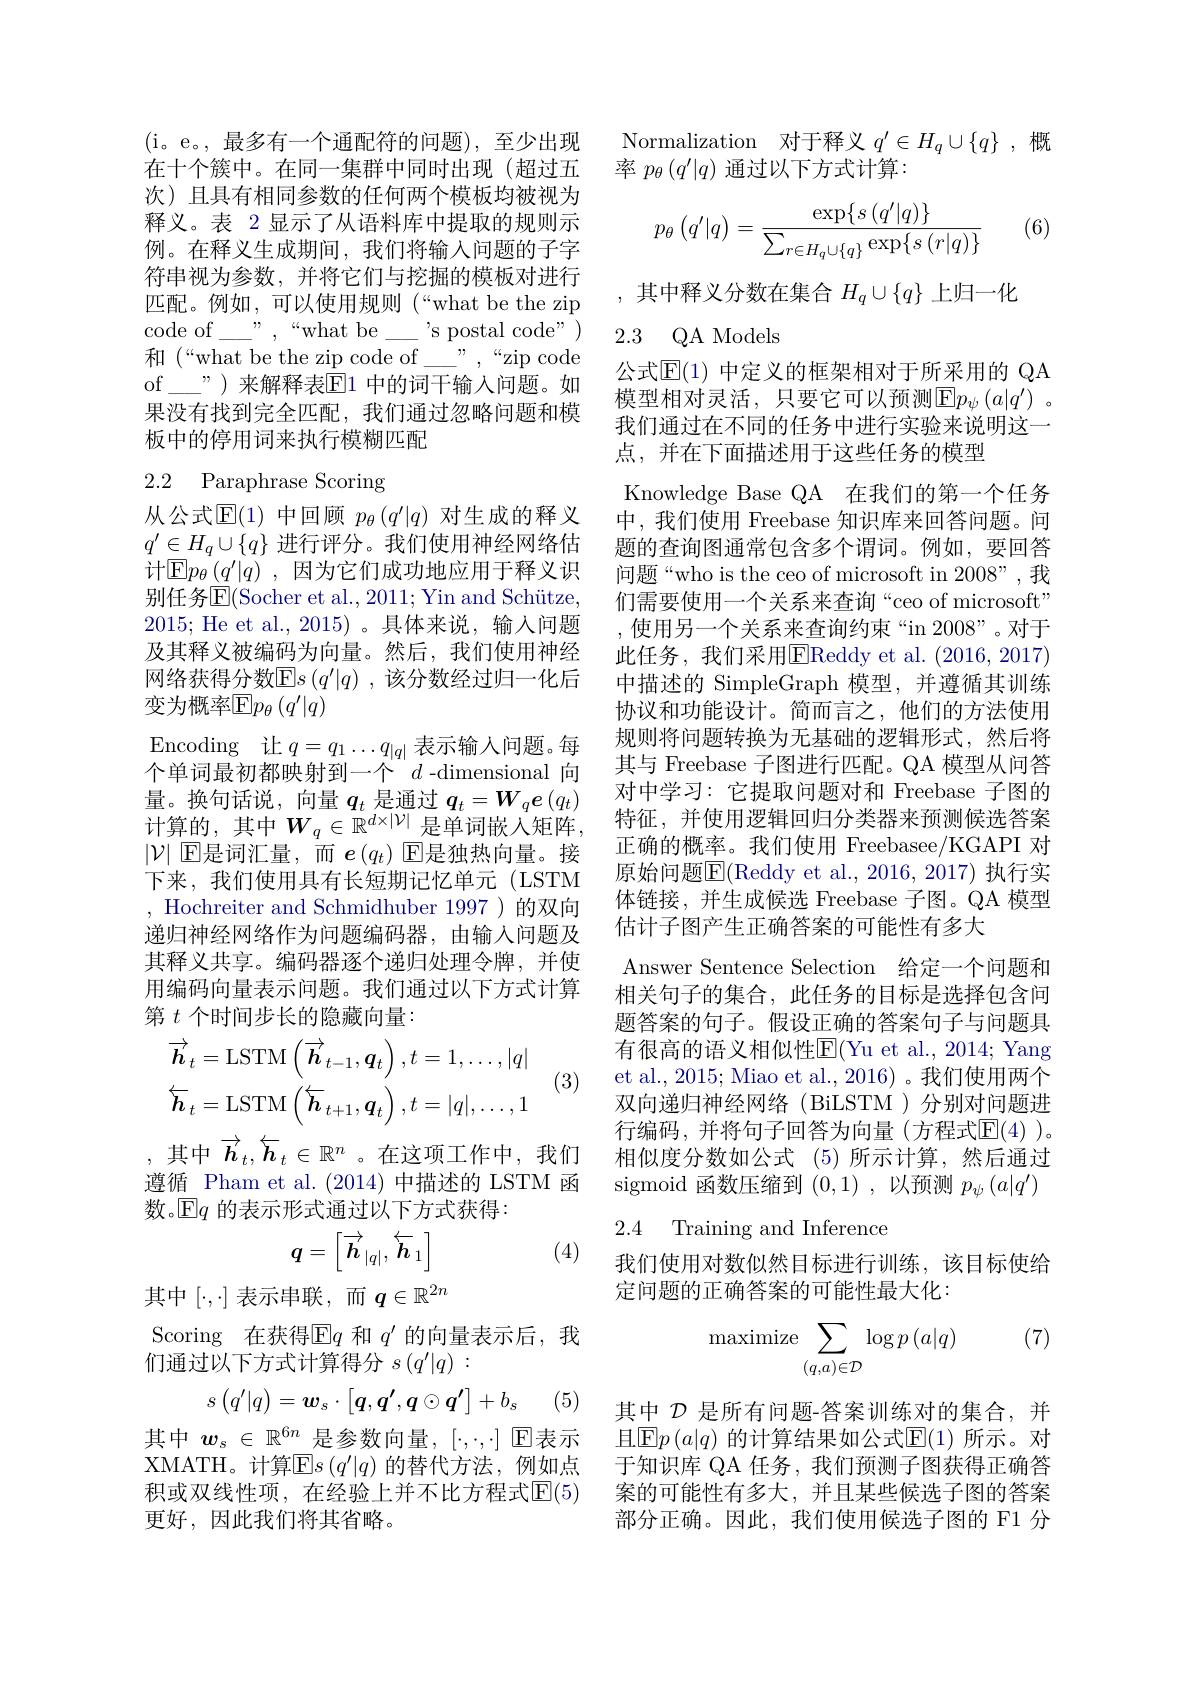
(i。e。,最多有一个通配符的问题),至少出现在十个簇中。在同一集群中同时出现(超过五次)且具有相同参数的任何两个模板均被视为释义。表 2 显示了从语料库中提取的规则示例。在释义生成期间，我们将输入问题的子字符串视为参数，并将它们与挖掘的模板对进行匹配。例如，可以使用规则(“what be the zip code of\_—",“what be\_-\_'s postal code") 和$(“$what be the zip code of\_”,“zip code of\__\_”)来解释表☑1 中的词干输入问题。如果没有找到完全匹配，我们通过忽略问题和模板中的停用词来执行模糊匹配

# 2.2 Paraphrase Scoring

从公式$\mathbb{E}(1)$中回顾$p_\theta\left(q^{\prime}|q\right)$对生成的释义$q^{\prime}\in H_q\cup\{q\}$进行评分。我们使用神经网络估计$\mathbb{E}p_\theta\left(q^{\prime}|q\right)$,因为它们成功地应用于释义识别任务$\operatorname{E}($Socher et al., 2011; Yin and Schütze, 2015; He et al.,2015)。具体来说，输入问题及其释义被编码为向量。然后，我们使用神经网络获得分数$\mathbb{E}s\left(q^{\prime}|q\right)$,该分数经过归一化后变为概率$\operatorname{E}p_\theta\left(q^{\prime}|q\right)$
Encoding 让$q=q_1\ldots q_{|q|}$表示输人问题。每个单词最初都映射到一个$d$-dimensional 向量。换句话说，向量$q_t$是通过$q_t=\boldsymbol{W}_q\boldsymbol{e}\left(q_t\right)$ $\overline{\text{计算的，其中}W_q\in\mathbb{R}^{d\times|\mathcal{V}|}}$是单词嵌入矩阵， $|\mathcal{V}|$ E是词汇量，而$e(q_t)$ E是独热向量。接下来，我们使用具有长短期记忆单元(LSTM , Hochreiter and Schmidhuber 1997)的双向递归神经网络作为问题编码器，由输入问题及其释义共享。编码器逐个递归处理令牌，并使用编码向量表示问题。我们通过以下方式计算第$t$个时间步长的隐藏向量：
$$\overrightarrow{\boldsymbol{h}}_{t}=\mathrm{LSTM}\left(\overrightarrow{\boldsymbol{h}}_{t-1},\boldsymbol{q}_{t}\right),t=1,\ldots,|q|\\\overleftarrow{\boldsymbol{h}}_{t}=\mathrm{LSTM}\left(\overleftarrow{\boldsymbol{h}}_{t+1},\boldsymbol{q}_{t}\right),t=|q|,\ldots,1$$
,其中$\overrightarrow{h}_t,\overleftarrow{h}_t\in\mathbb{R}^n$ 。在这项工作中，我们

(3)

遵循 Pham et al.(2014) 中描述的 LSTM 函
数。$\mathbb{E}q$的表示形式通过以下方式获得：
$$q=\begin{bmatrix}\overrightarrow{h}_{|q|},\overleftarrow{h}_1\end{bmatrix}$$
(4)
$$q\in\mathbb{R}^{2n}$$
$[\cdot,\cdot]$
Scoring 在获得$\operatorname{E}q$和$q^\prime$的向量表示后，我
们通过以下方式计算得分$s\left(q^{\prime}|q\right):$
$$s\begin{pmatrix}q'|q\end{pmatrix}=\boldsymbol{w}_s\cdot\begin{bmatrix}q,\boldsymbol{q'},\boldsymbol{q}\odot\boldsymbol{q'}\end{bmatrix}+b_s$$
(5)

其中$w_s\in\mathbb{R}^{6n}$是参数向量，$[\cdot,\cdot,\cdot]$ E表示XMATH。计算$\mathbb{E}s\left(q^\prime|q\right)$的替代方法，例如点积或双线性项，在经验上并不比方程式$\overline{\mathrm{E}}(5)$ 更好，因此我们将其省略。

Normalization 对于释义$q^\prime\in H_q\cup\{q\}$ ,概
率$p_\theta\left(q^{\prime}|q\right)$通过以下方式计算：

(6)
$$p_{\theta}\begin{pmatrix}q'|q\end{pmatrix}=\frac{\exp\{s\left(q'|q\right)\}}{\sum_{r\in H_{q}\cup\{q\}}\exp\{s\left(r|q\right)\}}$$
,其中释义分数在集合$H_q\cup\{q\}$上归一化

## 2.3 QA Models

公式$\mathbb{E}(1)$ 中定义的框架相对于所采用的 QA 模型相对灵活，只要它可以预测$\overline{\mathrm{E}}p_\psi\left(a|q^{\prime}\right)$。我们通过在不同的任务中进行实验来说明这一点，并在下面描述用于这些任务的模型

Knowledge Base QA 在我们的第一个任务中，我们使用 Freebase 知识库来回答问题。问题的查询图通常包含多个谓词。例如，要回答问题“who is the ceo of microsoft in 2008”,我们需要使用一个关系来查询“ceo of microsoft" ,使用另一个关系来查询约束“in 2008”。对于此任务，我们采用$\overline{\mathrm{EReddy~et~al.~}}(2016,2017)$ 中描述的 SimpleGraph 模型，并遵循其训练协议和功能设计。简而言之，他们的方法使用规则将问题转换为无基础的逻辑形式，然后将其与 Freebase 子图进行匹配。QA 模型从问答对中学习：它提取问题对和 Freebase 子图的特征，并使用逻辑回归分类器来预测候选答案正确的概率。我们使用 Freebasee/KGAPI 对原始问题$\overline{\mathrm{E}}($Reddy et al., 2016, 2017) 执行实体链接，并生成候选 Freebase 子图。QA 模型估计子图产生正确答案的可能性有多大
Answer Sentence Selection 给定一个问题和相关句子的集合，此任务的目标是选择包含问题答案的句子。假设正确的答案句子与问题具有很高的语义相似性$\overline{\mathrm{E}}($Yu et al., 2014; Yang et al., 2015; Miao et al., 2016) 。我们使用两个双向递归神经网络(BiLSTM)分别对问题进行编码，并将句子回答为向量(方程式$\overline{\mathbb{E}}(4)$ )。相似度分数如公式 (5)所示计算，然后通过sigmoid 函数压缩到(0,1) ,以预测$p_\psi\left(a|q^{\prime}\right)$ 2.4 Training and Inference

我们使用对数似然目标进行训练，该目标使给
定问题的正确答案的可能性最大化：

(7)
$$\text{maximize}\sum_{(q,a)\in\mathcal{D}}\log p\left(a|q\right)$$
其中$\mathcal{D}$是所有问题-答案训练对的集合，并且$\operatorname{E}p\left(a|q\right)$的计算结果如公式$\operatorname{E}(1)$ 所示。对于知识库 QA 任务，我们预测子图获得正确答案的可能性有多大，并且某些候选子图的答案部分正确。因此，我们使用候选子图的 F1 分